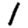
Digit: 1